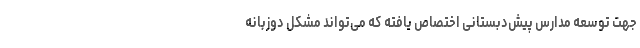
جهت توسعه مدارس پیش‌دبستانی اختصاص یافته که می‌تواند مشکل دوزبانه